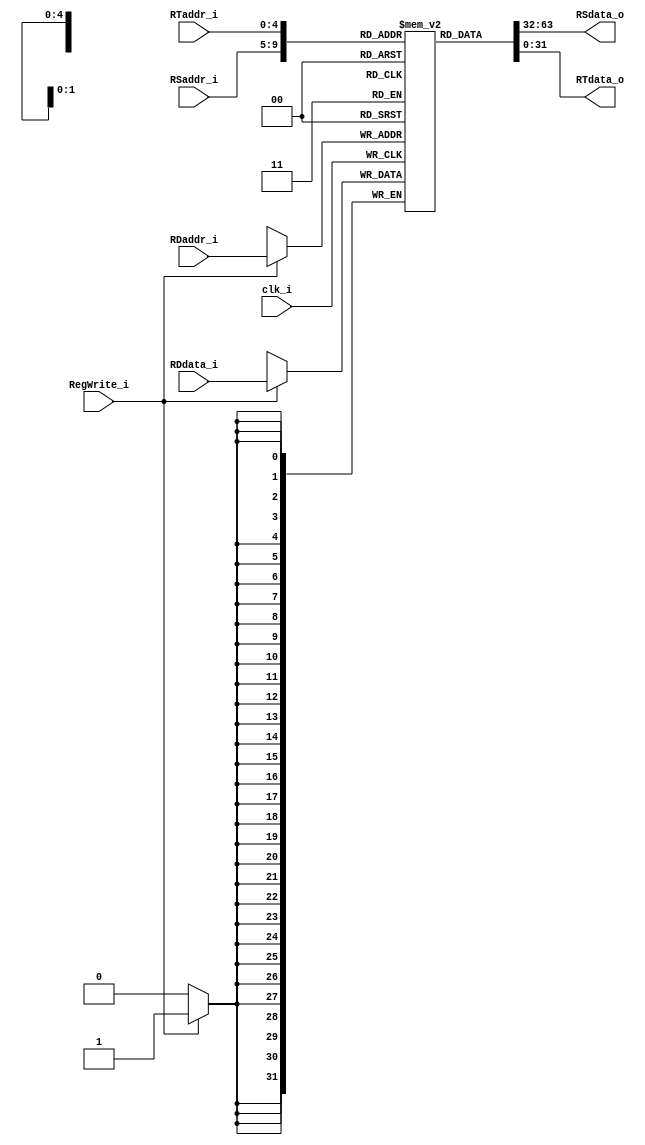
module Registers
(
    clk_i,
    RSaddr_i,
    RTaddr_i,
    RDaddr_i, 
    RDdata_i,
    RegWrite_i, 
    RSdata_o, 
    RTdata_o 
);

// Ports
input               clk_i;
input   [4:0]       RSaddr_i;
input   [4:0]       RTaddr_i;
input   [4:0]       RDaddr_i;
input   [31:0]      RDdata_i;
input               RegWrite_i;
output  [31:0]      RSdata_o; 
output  [31:0]      RTdata_o;

// Register File
reg     [31:0]      register        [0:31];

// Read Data      
assign  RSdata_o = register[RSaddr_i];
assign  RTdata_o = register[RTaddr_i];

// Write Data   
always@(negedge clk_i) begin
    if(RegWrite_i)
        register[RDaddr_i] <= RDdata_i;
end
   
endmodule